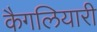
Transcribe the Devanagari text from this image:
कैगलियारी